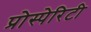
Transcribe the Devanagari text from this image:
प्रोस्पेरिटी